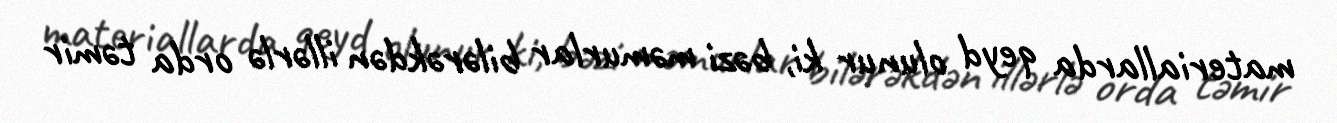
materiallarda qeyd olunur ki, bəzi məmurlar bilərəkdən illərlə orda təmir